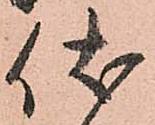
伏